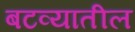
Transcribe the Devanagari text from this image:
बटव्यातील